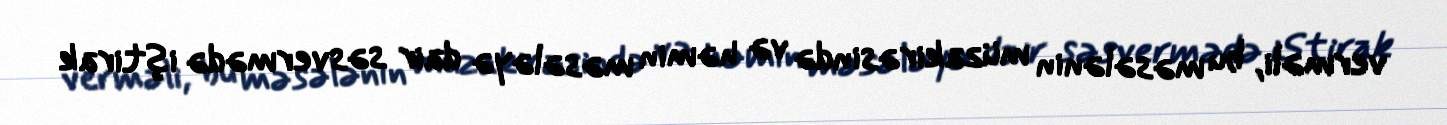
verməli, bu məsələnin müzakirəsində və həmin məsələyə dair səsvermədə iştirak